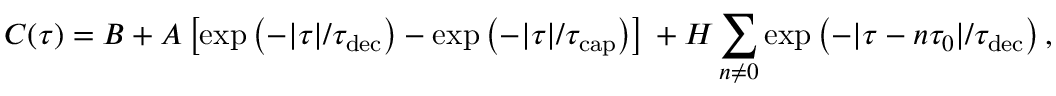
C ( \tau ) = B + A \left[ \exp \left( - | \tau | / \tau _ { \mathrm { d e c } } \right) - \exp \left( - | \tau | / \tau _ { \mathrm { c a p } } \right) \right] \, + H \sum _ { n \neq 0 } \exp \left( - | \tau - n \tau _ { 0 } | / \tau _ { \mathrm { d e c } } \right) ,